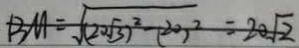
B M = \sqrt { ( 2 0 \sqrt { 3 } ) ^ { 2 } - ( 2 0 ) ^ { 2 } } = 2 0 \sqrt { 2 }